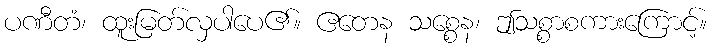
ပဏီတံ၊ ထူးမြတ်လှပါပေ၏။ ဧတေန သစ္စေန၊ ဤသစ္စာစကားကြောင့်။